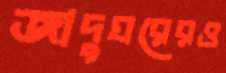
জাদুঘরেরও